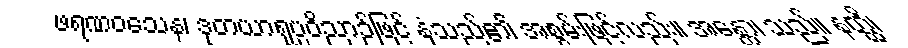
ဖရဏဝသေန၊ ဒုတယာရုပ္ပဝိညာဉ်ဖြင့် နှံ့သည်၏ အစွမ်းဖြင့်လည်း။ အန္တော၊ သည်။ နတ္ထိ၊